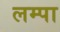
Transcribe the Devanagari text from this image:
लम्पा